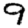
Digit: 9